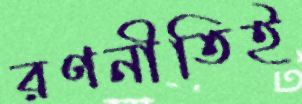
রণনীতিই